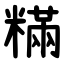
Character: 䊟